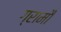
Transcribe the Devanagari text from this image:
ग्रामौं